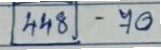
(448) - 70